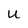
Character: U